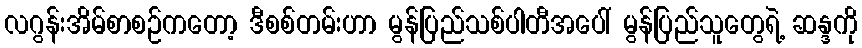
လဂွန်းအိမ်စာစဉ်ကတော့ ဒီစစ်တမ်းဟာ မွန်ပြည်သစ်ပါတီအပေါ် မွန်ပြည်သူတွေရဲ့ ဆန္ဒကို